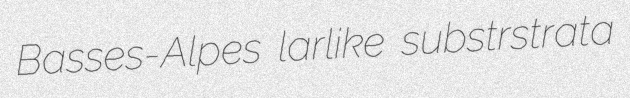
Basses-Alpes larlike substrstrata